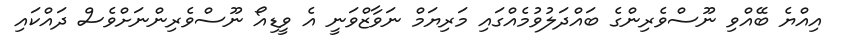
އިއްޔެ ބޭއްވި ނޫސްވެރިންގެ ބައްދަލުވުމެއްގައި މަރިޔަމް ނަވާޒްވަނީ އެ ވީޑިއޯ ނޫސްވެރިންނަށްވެސް ދައްކައި